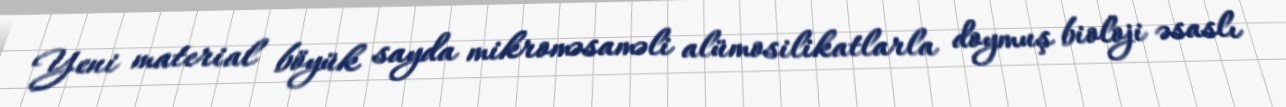
Yeni material böyük sayda mikroməsaməli alümosilikatlarla doymuş bioloji əsaslı